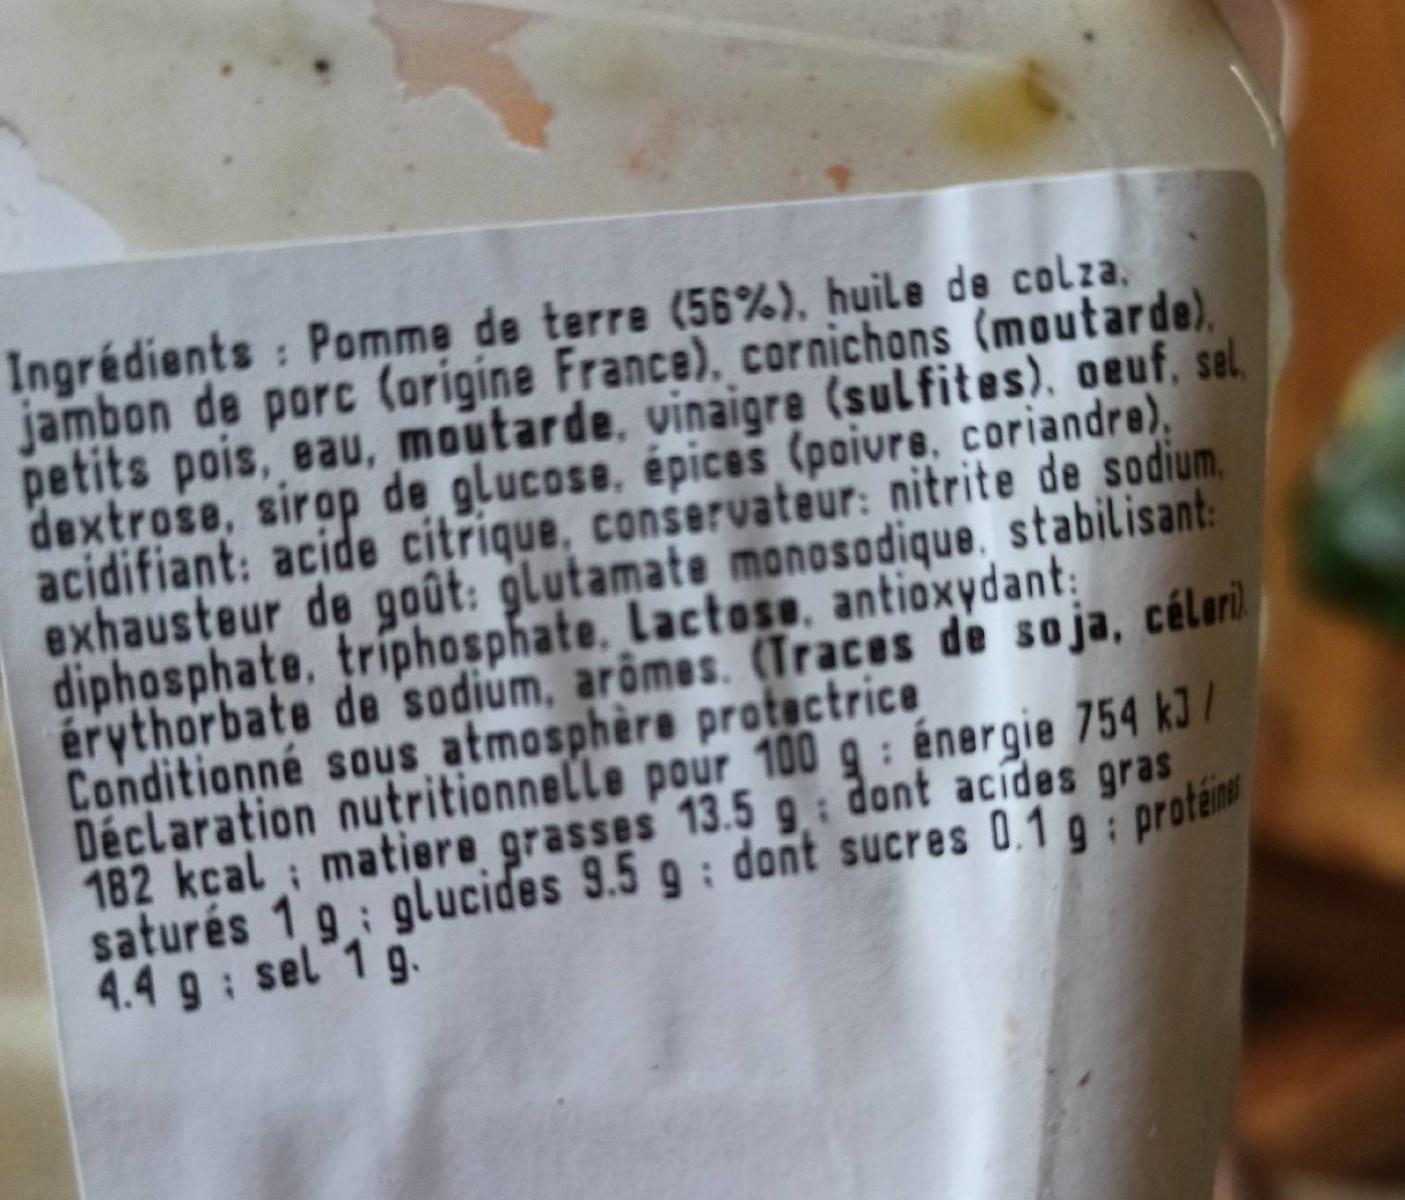
Ingrédients : Pomme de terre (56%), huile de colza, jambon de porc (origine France), cornichons (moutarde), petits pois, eau, moutarde, vinaigre (sulfites), oeuf, sel, dextrose, sirop de glucose, épices (poivre, coriandre), acidifiant: acide citrique, conservateur: nitrite de sodium. exhausteur de goût: glutamate monosodique, stabilisant: diphosphate, triphosphate. Lactose. antioxydant: érythorbate de sodium, arômes. (Traces de soja, célori Conditionné sous atmosphère protactrice Déclaration nutritionnelle pour 100 g : énergie 754 kJ / 182 kçal ; matiere grasses 13.5 9, dont acides gras saturés 1 9: glucides 9.5 g: dont sucres 0.1 g: protém 4.4 g: sel 1 g.